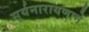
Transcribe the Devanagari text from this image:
सूर्यनारायणाने